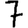
Digit: 7